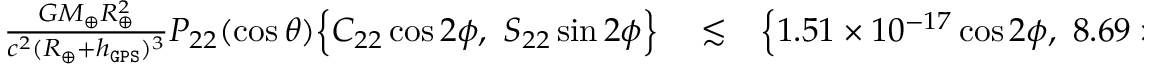
\begin{array} { r l r } { \frac { G M _ { \oplus } R _ { \oplus } ^ { 2 } } { c ^ { 2 } ( R _ { \oplus } + h _ { \tt G P S } ) ^ { 3 } } P _ { 2 2 } ( \cos \theta ) \Big \{ C _ { 2 2 } \cos 2 \phi , ~ S _ { 2 2 } \sin 2 \phi \Big \} } & { { } \lesssim } & { \Big \{ 1 . 5 1 \times 1 0 ^ { - 1 7 } \cos 2 \phi , ~ 8 . 6 9 \times 1 0 ^ { - 1 8 } \cos 2 \phi \Big \} , } \end{array}